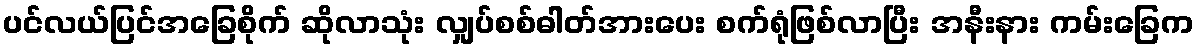
ပင်လယ်ပြင်အခြေစိုက် ဆိုလာသုံး လျှပ်စစ်ဓါတ်အားပေး စက်ရုံဖြစ်လာပြီး အနီးနား ကမ်းခြေက